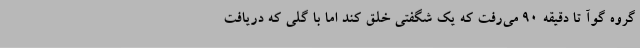
گروه گوآ تا دقیقه 90 می‌رفت که یک شگفتی خلق کند اما با گلی که دریافت